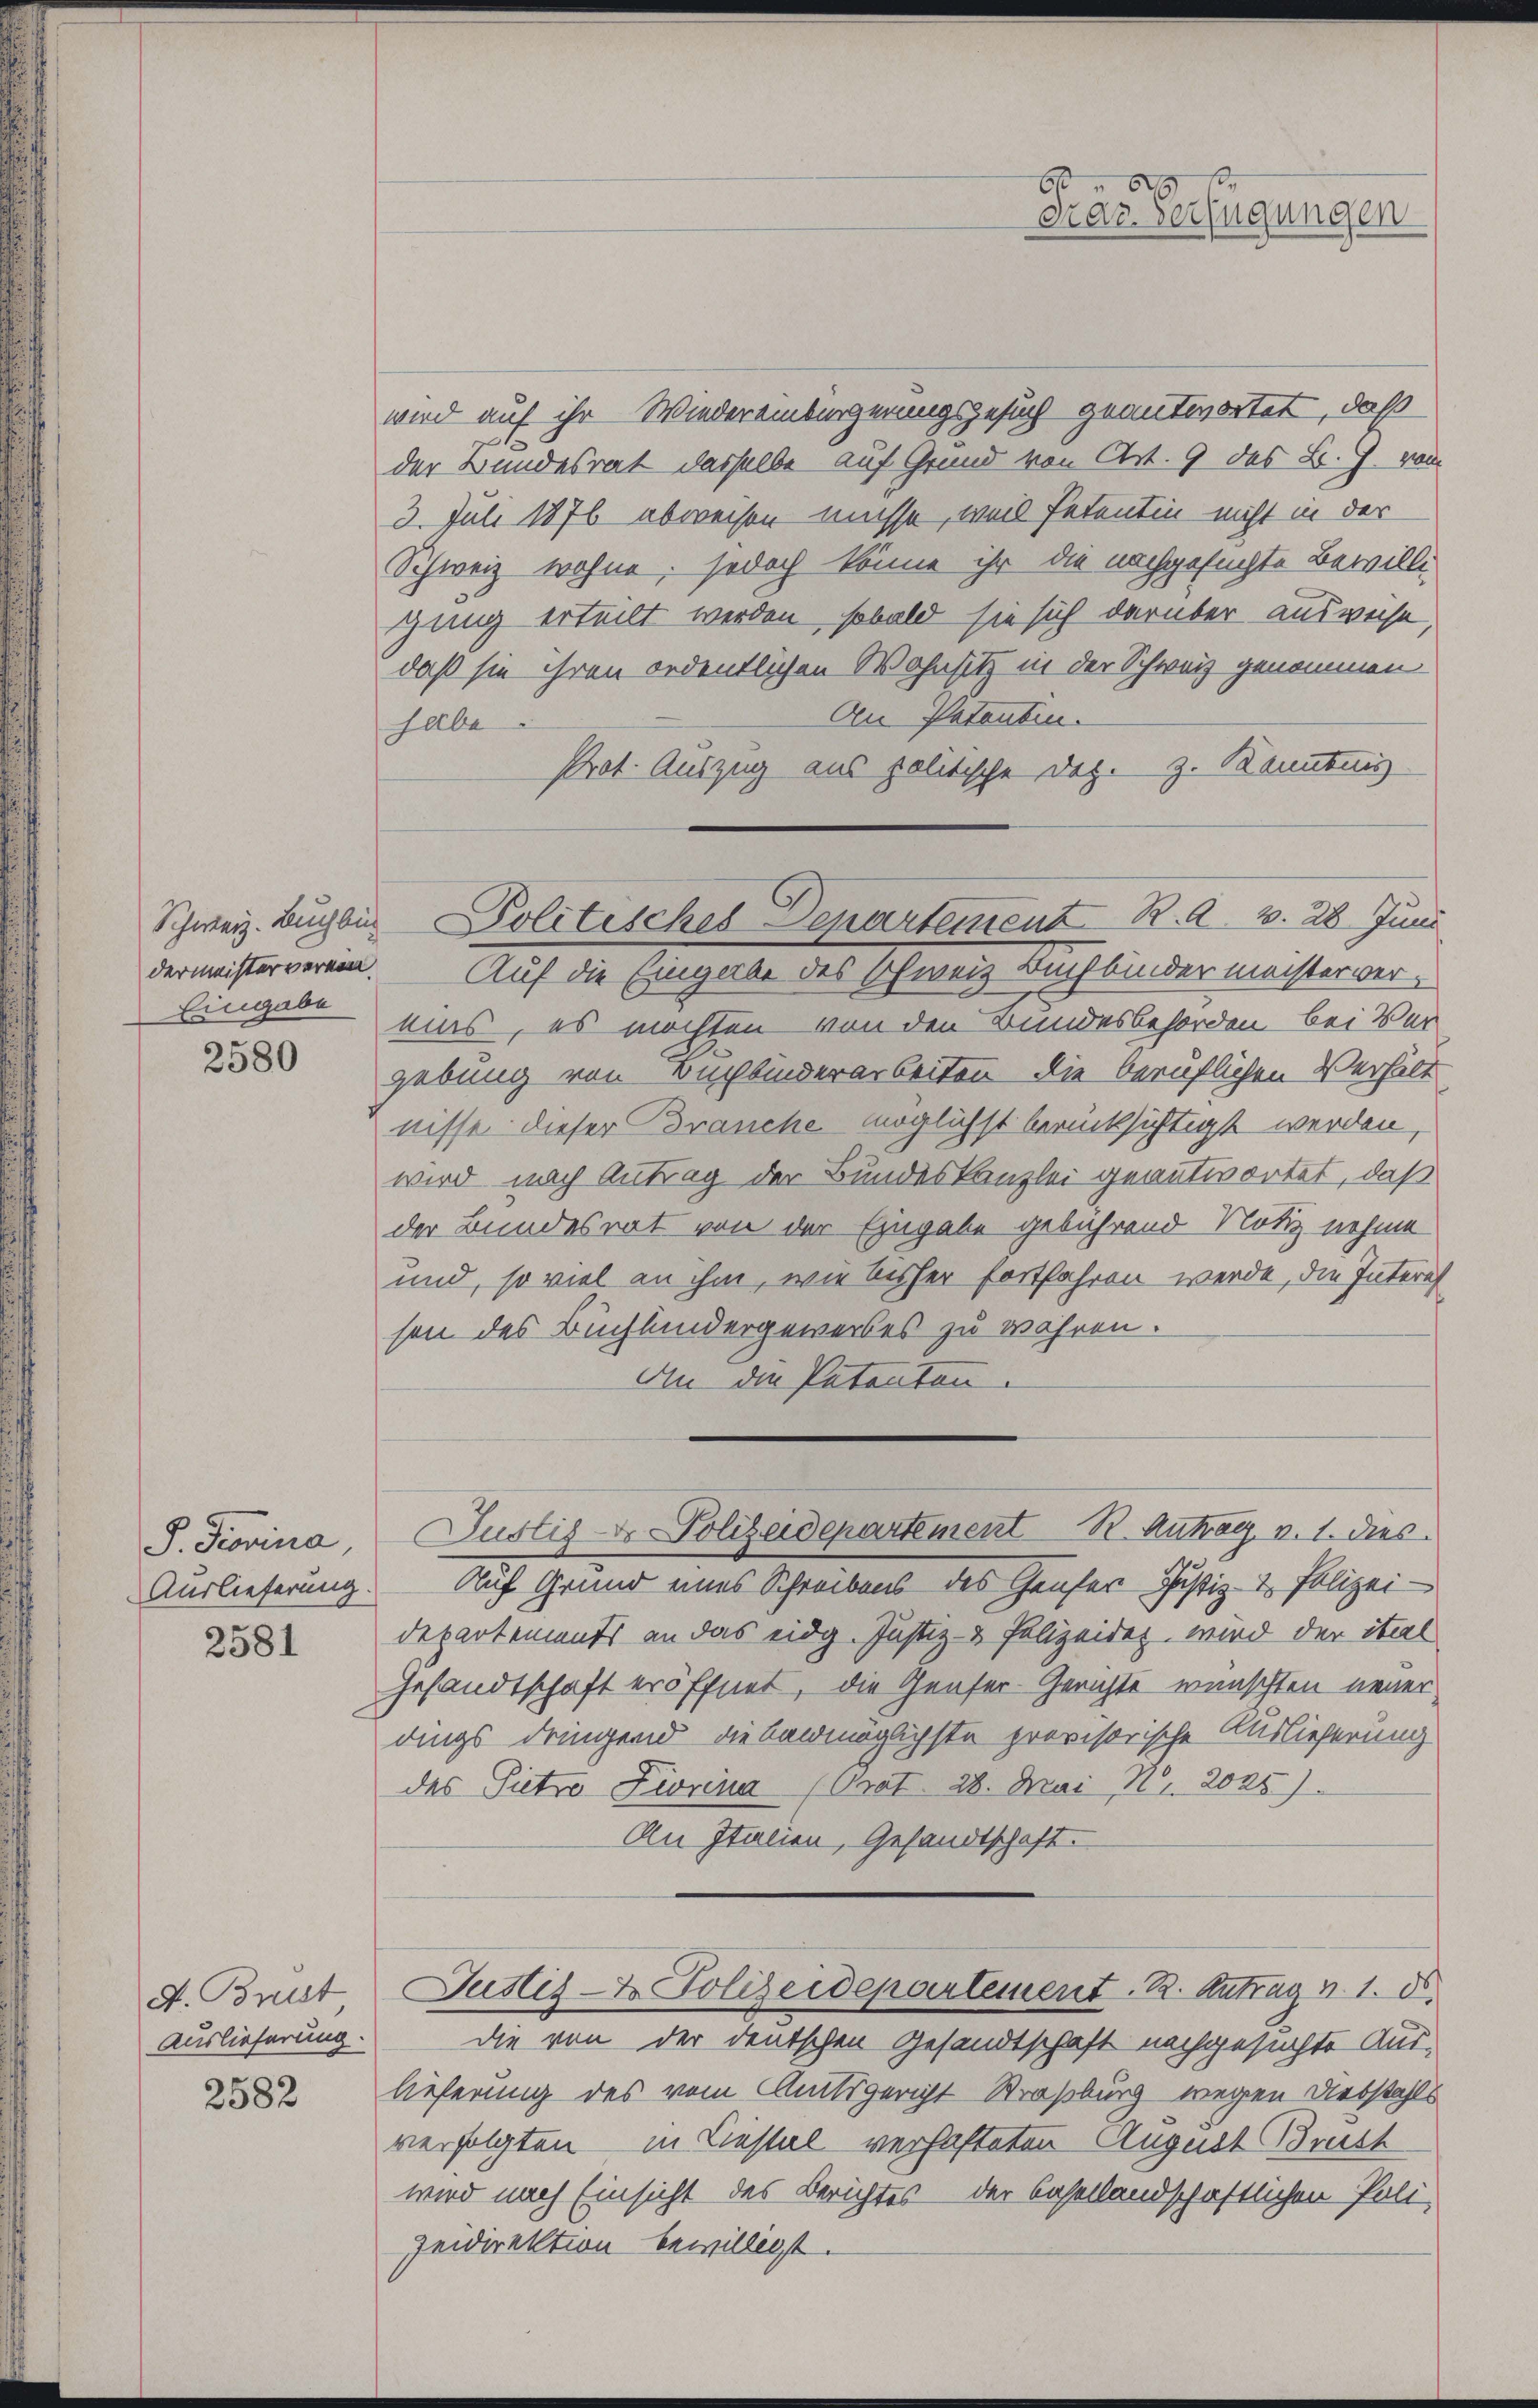
Eingabe

2580

P. Provina
Auslieferung.

2581

A. Brust
Auslieferung.

2582

wird auf ihr Wiedereinbürgerungsgesuch geantwortet, daß
der Bundesrat dasselbe auf Grund von Art. 9 des B. G. vom
3. Juli 1876 abweisen müsse, weil Petentin nicht in der
Schweiz wohne, jedoch könne ihr die nachgesuchte Bewilligung erteilt werden, sobald sie sich darüber ausweise,
daß sie ihren ordentlichen Wohnsitz in der Schweiz genommen.
Aen Patentin.
habe
Prot. Auszug aus politische Dez. z. Konntung
dermeisterverein. Auf die Eingabe des schweiz Buchbindermeistervereins, es möchten von den Bundesbehörden, bei Ver
gebung von Buchbinderarbeiten die beruflichen Verhält
nisse dieser Branche möglichst berücksichtigt werden,
wird nach Antrag der Bundeskanzlei geantwortet, daß
der Bundesrat von der Eingabe gebührend Notiz nehme
und, so viel an ihm, wie bisher fortfahren werde, die Interes
son des Buchhandergewerbes zu währen.
An die Patenten.
Justiz- & Polizeidepartement R. Antrag v. 1. dies
Auf Grund eines Schreibens des Genfer Justiz- & Polizei-
Departements an das eidg. Justiz- & Polizeidet, wird der ital
Gesandtschaft eröffnet, die Genfer-Gerichte wünschten neuerdings dringend die banmöglichste provisorische Auslieferung
des Pietro Fiorina (Orat. 28. Mai, Nr. 2025).
An Italien, Gesandtschaft.
Justiz- & Polizeidepartement. 2. Antrag v. 1. d.
Die von der deutschen Gesandtschaft nachgesuchte Auslieferung des vom Mutsgericht Straßburg wegen Diebstahls
verfolgten in Liestal verhafteten August Brust
wird nach Einsicht des Berichtes der basellandschaftlichen Poli-
zeidirektion bewilligt.

Schweiz. Bugin Politisches Departement R. 21. 28 Juni

6f 6 x
drar. Verfügungen